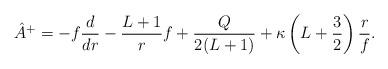
LaTeX: \begin{align*} \hat{A}^+ = - f \frac{d}{dr} - \frac{L+1}{r} f + \frac{Q}{2(L+1)} + \kappa \left(L+\frac{3}{2}\right) \frac{r}{f}.\end{align*}